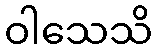
ဝါသေသိ